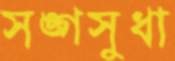
সঙ্গসুধা